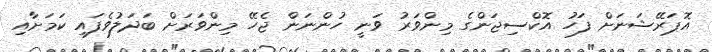
އޮޕަރޭޝަނަށް ފަހު އޮކްސިޖަންގެ މިންވަރު ވަނީ ހުންނަން ޖެހޭ މިންވަރަށް ބަދަލުވެފައި ކަމަށާއި